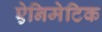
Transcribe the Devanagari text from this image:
ऐनिमेटिक